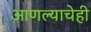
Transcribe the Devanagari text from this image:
आणल्याचेही